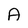
Character: A